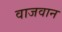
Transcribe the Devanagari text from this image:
वाजवान